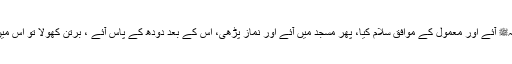
آخر رسول اللہﷺ آئے اور معمول کے موافق سلام کیا، پھر مسجد میں آئے اور نماز پڑھی، اس کے بعد دودھ کے پاس آئے ، برتن کھولا تو اس میں کچھ نہ تھا۔